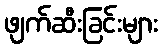
ဖျက်ဆီးခြင်းများ